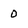
Character: 0